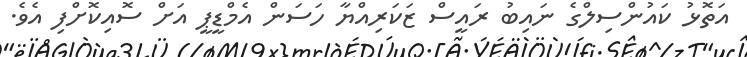
އަތޮޅު ކައުންސިލްގެ ނައިބު ރައީސް ޒަކަރިއްޔާ ހަސަން އެމްޑީޕީ އަށް ސޮއިކޮށްފި އެވެ.